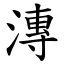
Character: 漙